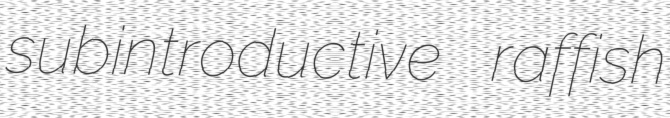
subintroductive raffish